Annual report on the Civil Veterinary Department, Burma (including the Insein Veterinary School) - 1910-1922
Year: 1910
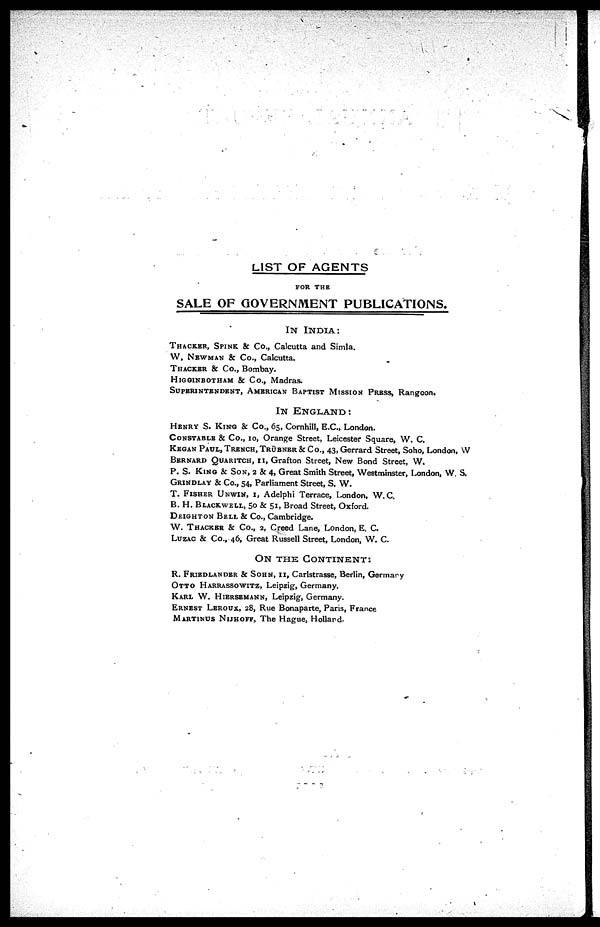
LIST OF AGENTS
FOR THE
SALE OF GOVERNMENT PUBLICATIONS.
IN
INDIA:
THACKER, SPINK & Co., Calcutta and Simla.
W, NEWMAN & Co., Calcutta.
THACKER & Co., Bombay.
HIGGINBOTHAM & Co., Madras.
SUPERINTENDENT, AMERICAN BAPTIST MISSION PRESS, Rangoon.
IN ENGLAND:
HENRY S. KING & Co., 65, Cornhill, E.C., London.
CONSTABLE & Co., 10, Orange Street, Leicester Square, W. C.
KEGAN PAUL, TRENCH, TRURNER & Co., 43, Gerrard Street, Soho, London, W
BERNARD QUARITCH, 11, Grafton Street, New Bond Street, W,
P. S. KING & SON, 2 & 4, Great Smith Street, Westminster, London, W. S.
GRINDLAY & Co., 54, Parliament Street, S. W.
T. FISHER UNWIN, I, Adelphi Terrace, London, W.C.
B. H. BLACKWELL, 5o & 51, Broad Street, Oxford.
DEIGHTON BELL & Co., Cambridge.
W. THACKER & Co., 2, Creed Lane, London, E. C.
LUZAC & Co., 46, Great Russell Street, London, W. C.
ON
THE
CONTINENT
:
R. FRIEDLANDER & SOHN, 11, Carlstrasse, Berlin, Germany
OTTO HARRASSOWITZ, Leipzig, Germany.
KARL W. HIERSEMANN, Leipzig, Germany.
ERNEST LEROUX, 28, Rue Bonaparte, Paris, France
MARTINUS NIJHOFF, The Hague, Holland.